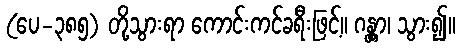
(ပေ-၃၈၅) တို့သွားရာ ကောင်းကင်ခရီးဖြင့်။ ဂန္တွာ၊ သွား၍။